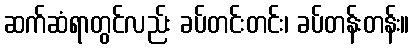
ဆက်ဆံရာတွင်လည်း ခပ်တင်းတင်း၊ ခပ်တန်းတန်း။